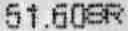
51.60SR